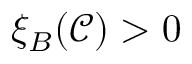
\xi _ { B } ( \mathcal { C } ) > 0